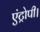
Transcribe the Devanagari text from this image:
एंट्रोपी।